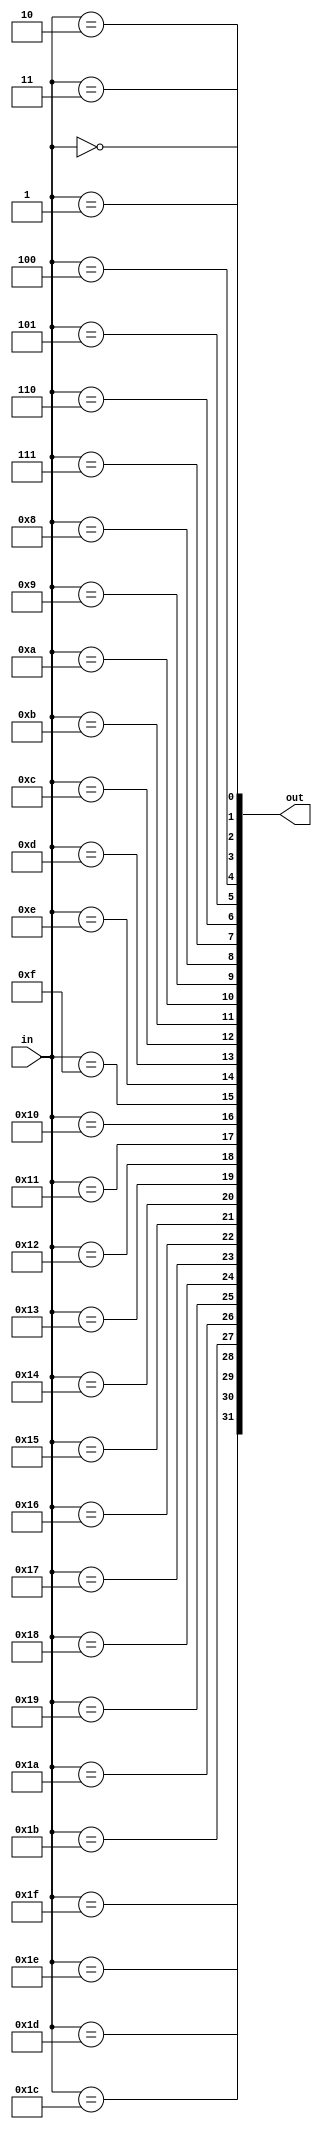
module decoder_5_32
(
	input 	[ 4:0] in,
	output	[31:0] out
);

genvar i;
generate
for(i=0;i<32;i=i+1)
begin
	assign out[i] = (in == i);
end

endgenerate


endmodule